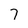
Character: 7